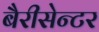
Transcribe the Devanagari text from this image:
बैरीसेन्टर